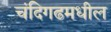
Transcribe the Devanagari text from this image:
चंदिगढमधील